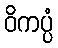
ဝိကပ္ပံ